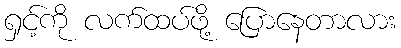
ရှင့်ကို လက်ထပ်ဖို့ ပြောနေတာလား